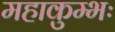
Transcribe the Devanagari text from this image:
महाकुम्भः